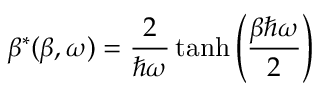
\beta ^ { * } ( \beta , \omega ) = \frac { 2 } { \hbar \omega } \operatorname { t a n h } \left( \frac { \beta \hbar \omega } { 2 } \right)